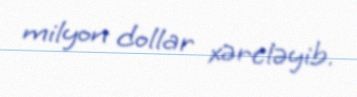
milyon dollar xərcləyib.